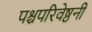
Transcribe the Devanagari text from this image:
पश्चपरिवेष्ठनी